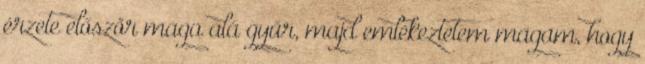
érzete először maga alá gyűr, majd emlékeztetem magam, hogy